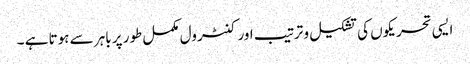
ایسی تحریکوں کی تشکیل و ترتیب اور کنٹرول مکمل طور پر باہر سے ہوتا ہے ۔